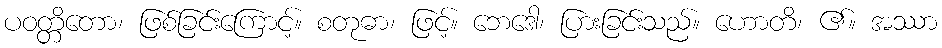
ပဝတ္တိတော၊ ဖြစ်ခြင်းကြောင့်။ စတုဓာ၊ ဖြင့်။ ဘေဒေါ၊ ပြားခြင်းသည်။ ဟောတိ၊ ၏။ အဿာ